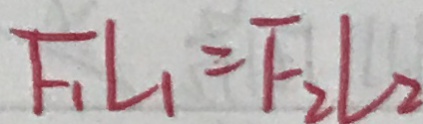
F _ { 1 } L _ { 1 } = F _ { 2 } l _ { 2 }